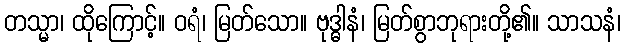
တသ္မာ၊ ထိုကြောင့်။ ဝရံ၊ မြတ်သော။ ဗုဒ္ဓါနံ၊ မြတ်စွာဘုရားတို့၏။ သာသနံ၊